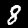
Digit: 8